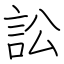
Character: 訟